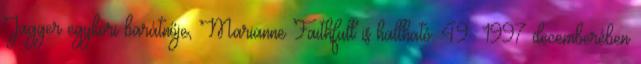
Jagger egykori barátnője, Marianne Faithfull is hallható. 49 1997 decemberében